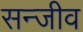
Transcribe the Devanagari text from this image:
सन्जीव